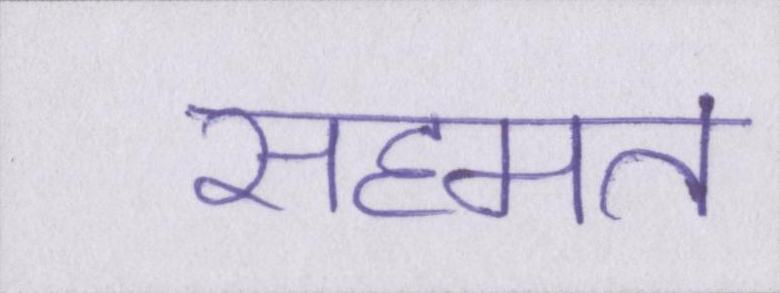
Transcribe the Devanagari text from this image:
सहमत